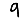
Digit: 9